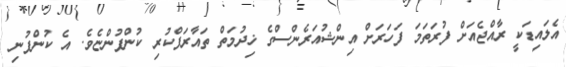
އެލައިޑަކީ ރާއްޖެއަށް ފުރަތަމަ ފަހަރަށް އިންޝުއަރެންސްގެ ޚިދުމަތް ތައާރަފްކުރި ކުންފުންޏެވެ. އެ ކުންފުނި